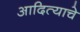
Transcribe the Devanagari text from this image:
आदित्याचे